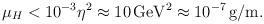
LaTeX: \begin{align*}\mu_{H}< 10^{-3}\eta^{2} \approx 10\,\mbox{GeV}^{2} \approx 10^{-7}\,\mbox{g/m}.\end{align*}